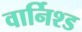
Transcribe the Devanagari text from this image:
वार्निश्ड